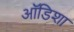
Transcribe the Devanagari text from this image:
ऑडिशा